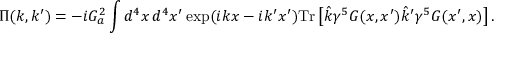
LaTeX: \Pi ( k , k ^ { \prime } ) = - i G _ { a } ^ { 2 } \int d ^ { 4 } x \, d ^ { 4 } x ^ { \prime } \exp ( i k x - i k ^ { \prime } x ^ { \prime } ) \mathrm { T r } \left[ \hat { k } \gamma ^ { 5 } G ( x , x ^ { \prime } ) \hat { k } ^ { \prime } \gamma ^ { 5 } G ( x ^ { \prime } , x ) \right] .